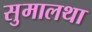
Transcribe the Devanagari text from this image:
सुमालथा